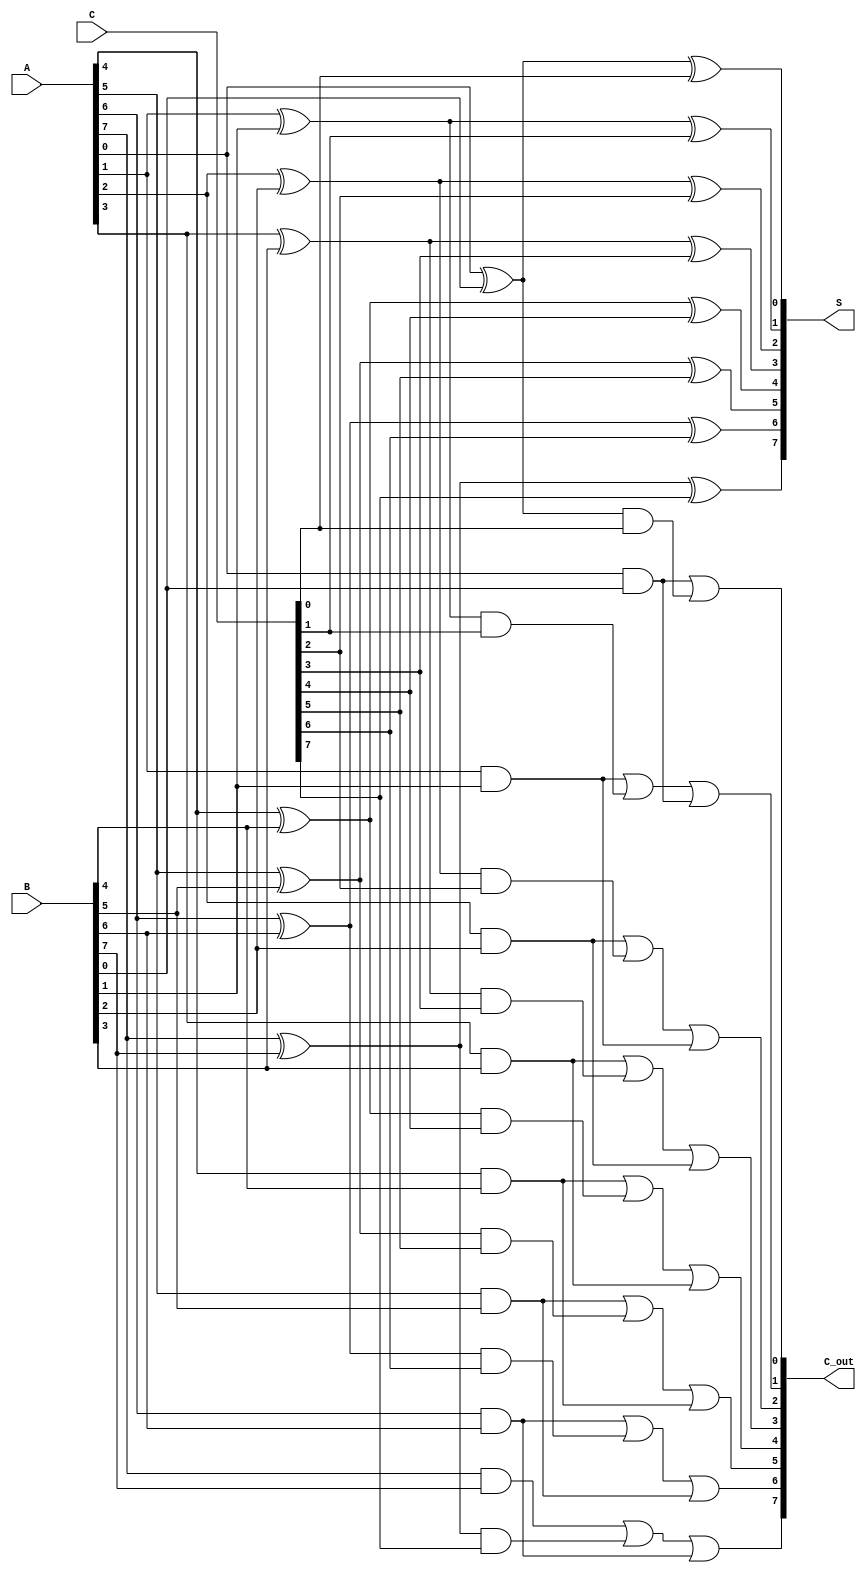
module ripple_carry_save_adder #(parameter N = 8) (
    input  [N-1:0] A,
    input  [N-1:0] B,
    input  [N-1:0] C,
    output [N-1:0] S,
    output [N-1:0] C_out
);

// Internal wires for the sum and carry
wire [N-1:0] sum_ab, sum_bc, sum_ac;
wire [N-1:0] carry_ab, carry_bc, carry_ac;

// Full adder for A and B
genvar i;
generate
    for (i = 0; i < N; i = i + 1) begin : full_adder_ab
        assign sum_ab[i] = A[i] ^ B[i];
        assign carry_ab[i] = A[i] & B[i];
    end
endgenerate

// Full adder for sum_ab and C
generate
    for (i = 0; i < N; i = i + 1) begin : full_adder_c
        assign sum_ac[i] = sum_ab[i] ^ C[i];
        assign carry_ac[i] = sum_ab[i] & C[i];
    end
endgenerate

// Final carry calculation
generate
    for (i = 0; i < N; i = i + 1) begin : carry_out
        if (i == 0) begin
            assign C_out[i] = carry_ab[i] | carry_ac[i];
        end else begin
            assign C_out[i] = carry_ab[i] | carry_ac[i] | carry_ab[i-1];
        end
    end
endgenerate

// Final sum output
assign S = sum_ac;

endmodule